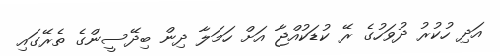
އަދި ހުކުރު ދުވަހުގެ ރޭ ކުޑަކުއްޖާ އަށް ހަމަލާ ދިން ބިދޭސީންގެ ތެރޭގައި